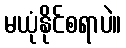
မယုံနိုင်စရာပဲ။